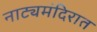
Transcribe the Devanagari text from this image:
नाट्यमंदिरात